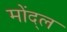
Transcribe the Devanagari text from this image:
मोंद्ल